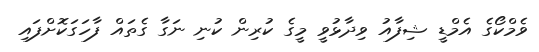
ވެމްކޯގެ އެމްޑީ ޝިފާއު ވިދާޅުވީ މީގެ ކުރިން ކުނި ނަގާ ގެތައް ފާހަގަކޮށްފައި